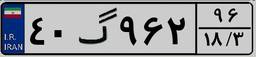
۴۰گ۹۶۲۹۶